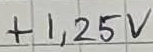
Text: +1,25V